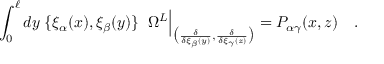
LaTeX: \int _ { 0 } ^ { \ell } d y \; \{ \xi _ { \alpha } ( x ) , \xi _ { \beta } ( y ) \} \; \; \Omega ^ { L } \Big | _ { \big ( { \frac { \delta } { \delta \xi _ { \beta } ( y ) } } , { \frac { \delta } { \delta \xi _ { \gamma } ( z ) } } \big ) } = P _ { \alpha \gamma } ( x , z ) \quad .